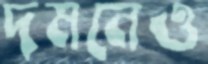
দমনেও